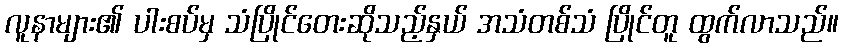
လူနာများ၏ ပါးစပ်မှ သံပြိုင်တေးဆိုသည့်နှယ် အသံတစ်သံ ပြိုင်တူ ထွက်လာသည်။